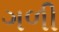
ગળી